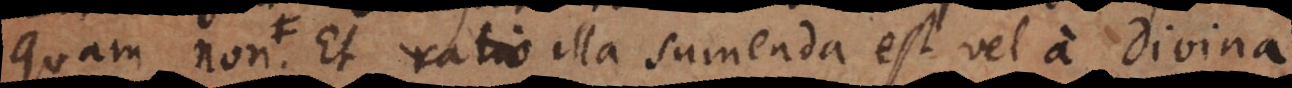
sequatur. Et ratio illa sumenda est vel a Divina